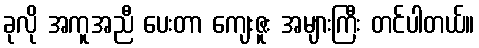
ခုလို အကူအညီ ပေးတာ ကျေးဇူး အများကြီး တင်ပါတယ်။